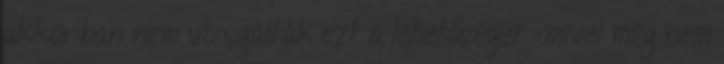
akkoriban nem vizsgálták ezt a lehetőséget -mivel még nem